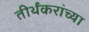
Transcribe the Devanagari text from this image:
तीर्थंकरांच्या